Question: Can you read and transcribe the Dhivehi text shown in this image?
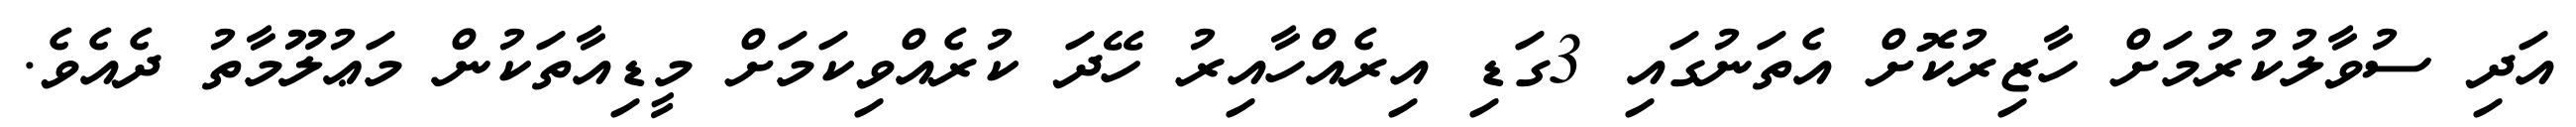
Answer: އަދި ސުވާލުކުރުމަށް ހާޒިރުކޮށް އެތަނުގައި 3ގަޑި އިރެއްހާއިރު ހޭދަ ކުރެއްވިކަމަށް މީޑިއާތަކުން މަޢުލޫމާތު ދެއެވެ.